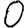
Digit: 0